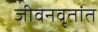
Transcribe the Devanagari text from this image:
जीवनवृतांत